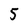
Character: 5